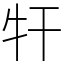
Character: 㸩